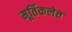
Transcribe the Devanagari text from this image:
मूर्तिकलेत